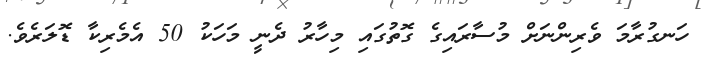
ހަނގުރާމަ ވެރިންނަށް މުސާރައިގެ ގޮތުގައި މިހާރު ދެނީ މަހަކު 50 އެމެރިކާ ޑޮލަރެވެ.